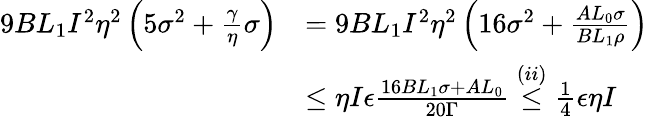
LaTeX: \begin{array}{rl}{9BL_{1}I^{2}\eta^{2}\left(5\sigma^{2}+\frac{\gamma}{\eta}\sigma\right)}&{=9BL_{1}I^{2}\eta^{2}\left(16\sigma^{2}+\frac{AL_{0}\sigma}{BL_{1}\rho}\right)}\\ &{\leq\eta I\epsilon\frac{16BL_{1}\sigma+AL_{0}}{20\Gamma}\stackrel{(ii)}{\leq}\frac{1}{4}\epsilon\eta I}\end{array}